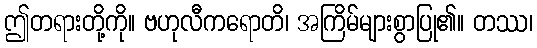
ဤတရားတို့ကို။ ဗဟုလီကရောတိ၊ အကြိမ်များစွာပြု၏။ တဿ၊